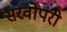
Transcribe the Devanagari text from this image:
सरवोपरी